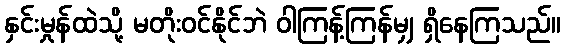
နှင်းမှုန်ထဲသို့ မတိုးဝင်နိုင်ဘဲ ဝါကြန့်ကြန်မျှ ရှိနေကြသည်။